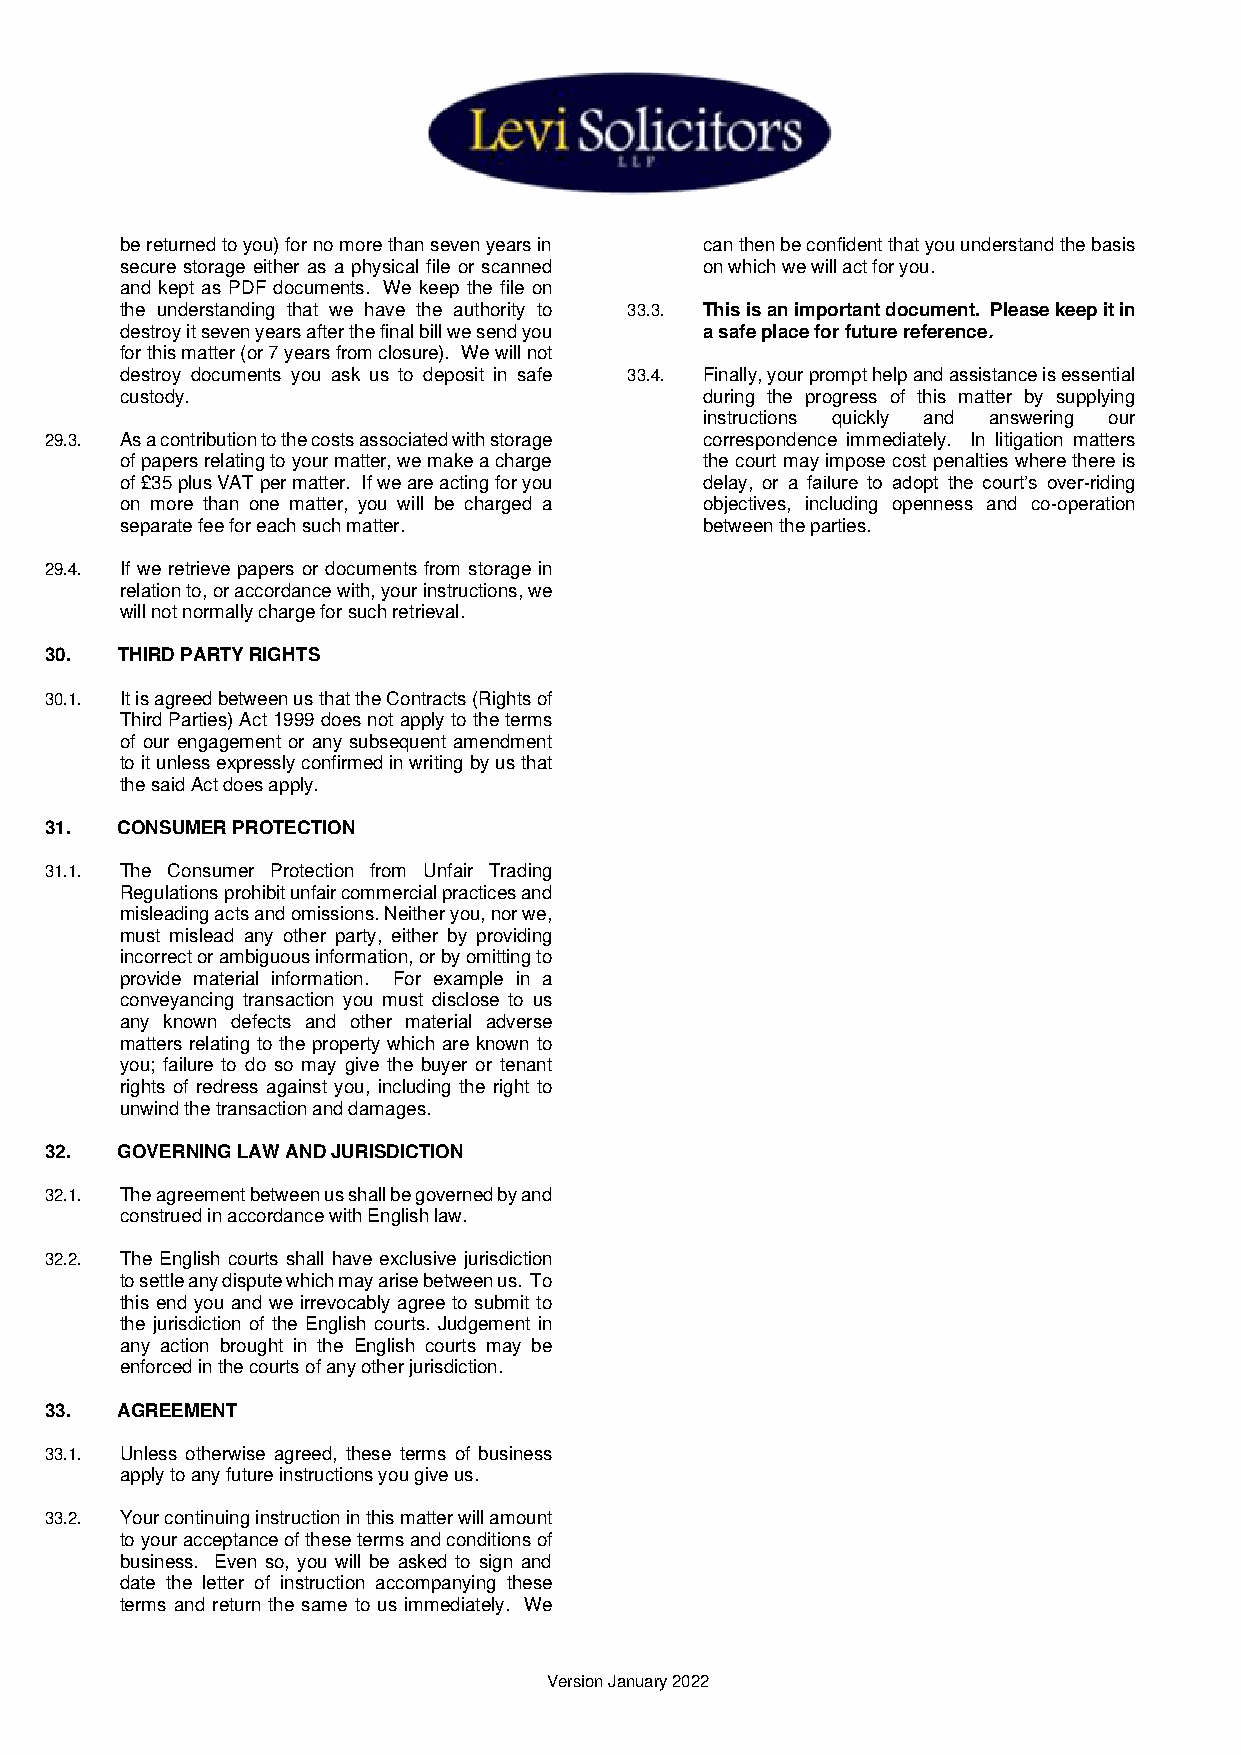
be returned to you) for no more than seven years in can then be confident that you understand the basis
 secure storage either as a physical file or scanned on which we will act for you.
 and kept as PDF documents. We keep the file on
 the understanding that we have the authority to 33.3. This is an important document. Please keep it in
 destroy it seven years after the final bill we send you a safe place for future reference.
 for this matter (or 7 years from closure). We will not
 destroy documents you ask us to deposit in safe 33.4. Finally, your prompt help and assistance is essential
 custody.                              during the progress of this matter by supplying
 instructions quickly and answering our
 29.3. As a contribution to the costs associated with storage correspondence immediately. In litigation matters
 of papers relating to your matter, we make a charge the court may impose cost penalties where there is
 of £35 plus VAT per matter. If we are acting for you delay, or a failure to adopt the court’s over-riding
 on more than one matter, you will be charged a objectives, including openness and co-operation
 separate fee for each such matter.    between the parties.
 29.4. If we retrieve papers or documents from storage in
 relation to, or accordance with, your instructions, we
 will not normally charge for such retrieval.
 30.  THIRD PARTY RIGHTS
 30.1. It is agreed between us that the Contracts (Rights of
 Third Parties) Act 1999 does not apply to the terms
 of our engagement or any subsequent amendment
 to it unless expressly confirmed in writing by us that
 the said Act does apply.
 31.  CONSUMER PROTECTION
 31.1. The Consumer Protection from Unfair Trading
 Regulations prohibit unfair commercial practices and
 misleading acts and omissions. Neither you, nor we,
 must mislead any other party, either by providing
 incorrect or ambiguous information, or by omitting to
 provide material information. For example in a
 conveyancing transaction you must disclose to us
 any known defects and other material adverse
 matters relating to the property which are known to
 you; failure to do so may give the buyer or tenant
 rights of redress against you, including the right to
 unwind the transaction and damages.
 32.  GOVERNING LAW AND JURISDICTION
 32.1. The agreement between us shall be governed by and
 construed in accordance with English law.
 32.2. The English courts shall have exclusive jurisdiction
 to settle any dispute which may arise between us. To
 this end you and we irrevocably agree to submit to
 the jurisdiction of the English courts. Judgement in
 any action brought in the English courts may be
 enforced in the courts of any other jurisdiction.
 33.  AGREEMENT
 33.1. Unless otherwise agreed, these terms of business
 apply to any future instructions you give us.
 33.2. Your continuing instruction in this matter will amount
 to your acceptance of these terms and conditions of
 business. Even so, you will be asked to sign and
 date the letter of instruction accompanying these
 terms and return the same to us immediately. We
 Version January 2022